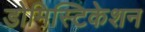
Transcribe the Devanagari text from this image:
डोमिस्टिकेशन